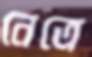
নেত্রে